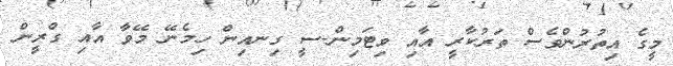
މީގެ އިތުރުންވެސް ތަރުކާރީ އާއި ވިޓަމިން-ސީ ގިނއިން ހިމެނޭ މޭވާ އާއި ގްރީން